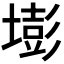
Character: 𡐶